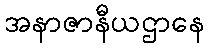
အနာဇာနီယဌာနေ